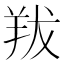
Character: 𦍱